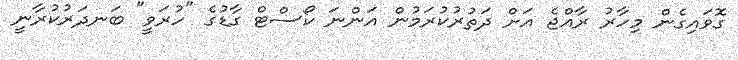
ގޮވައިގެން މިހާރު ރާއްޖެ އަށް ދަތުރުކުރަމުން އަންނަ ކޯސްޓް ގާޑުގެ "ހުރަވީ" ބަނދަރުކުރާނީ